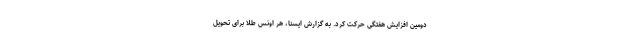
دومین افزایش هفتگی حرکت کرد. به گزارش ایسنا، هر اونس طلا برای تحویل